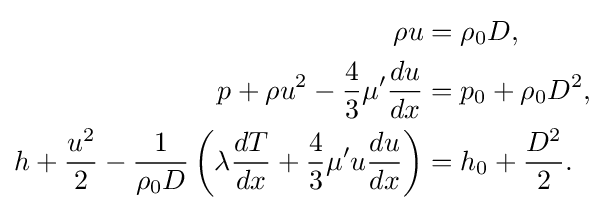
{\begin{aligned}\rho u&=\rho _{0}D,\\p+\rho u^{2}-{\frac {4}{3}}\mu '{\frac {du}{dx}}&=p_{0}+\rho _{0}D^{2},\\h+{\frac {u^{2}}{2}}-{\frac {1}{\rho _{0}D}}\left(\lambda {\frac {dT}{dx}}+{\frac {4}{3}}\mu 'u{\frac {du}{dx}}\right)&=h_{0}+{\frac {D^{2}}{2}}.\end{aligned}}